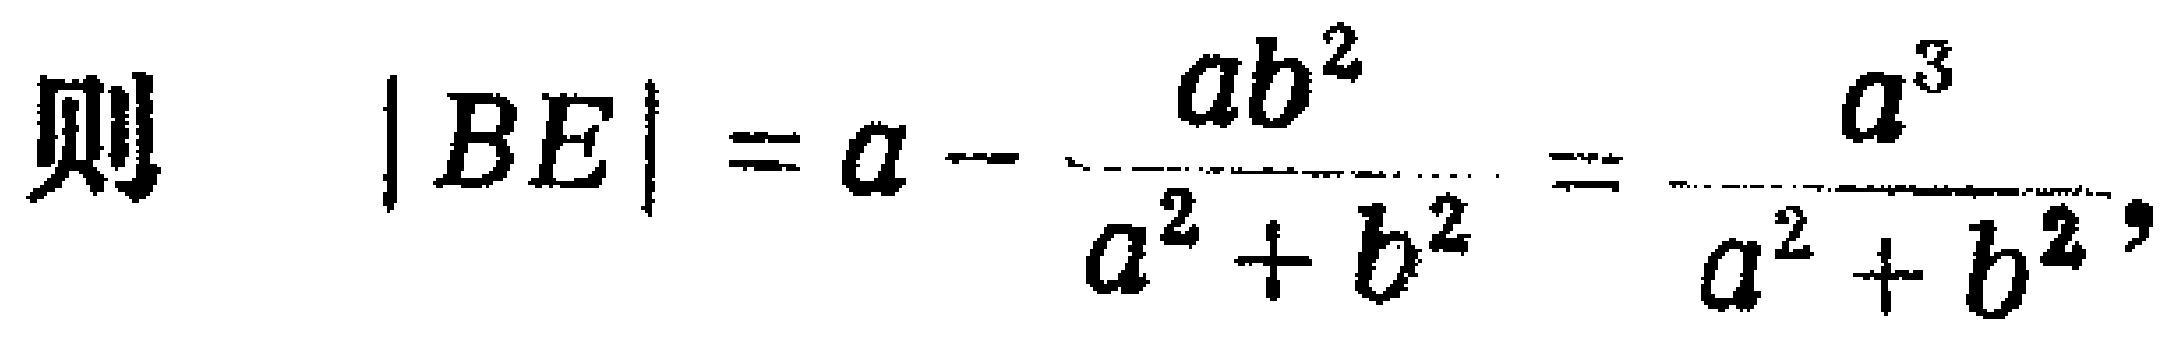
则\(\vert BE\vert = a - \frac{ab^{2}}{a^{2} + b^{2}} = \frac{a^{3}}{a^{2} + b^{2}}\)，